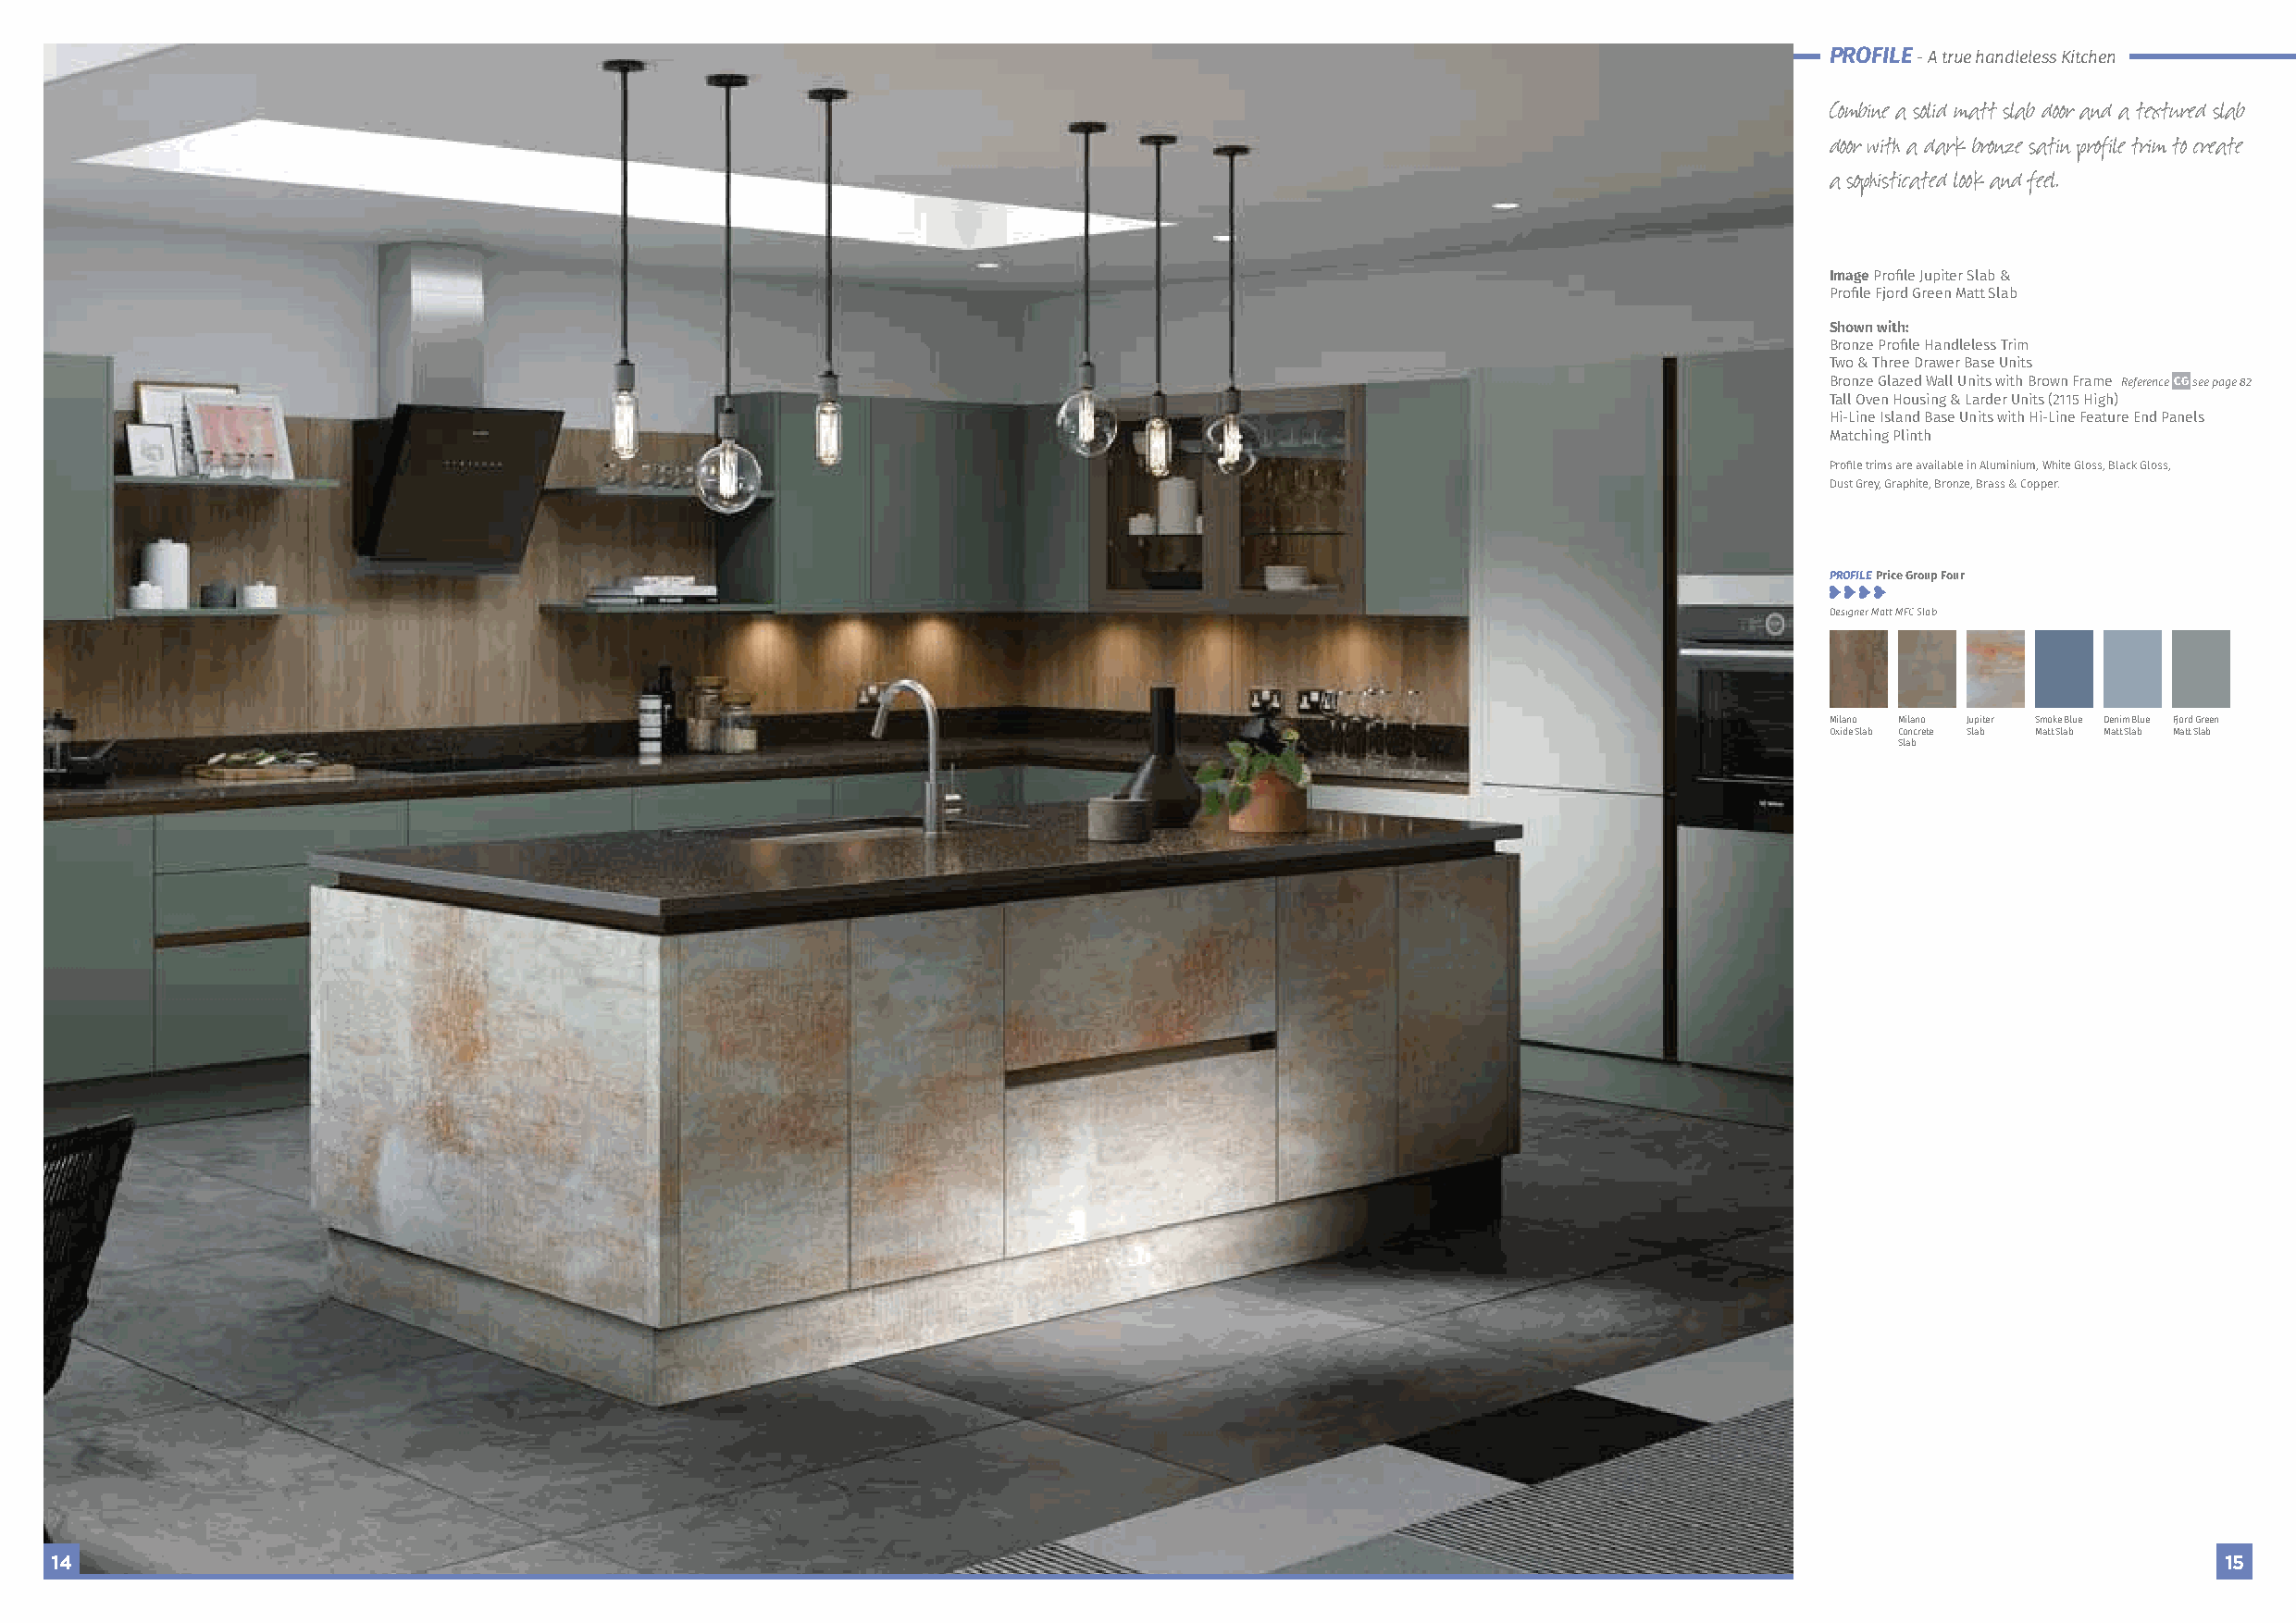
PROFILE
 - A true handleless Kitchen
 Combine a solid matt slab door and a textured slab
 door with a dark bronze satin profile trim to create
 a sophisticated look and feel.
 Image Profile Jupiter Slab &
 Profile Fjord Green Matt Slab
 Shown with:
 Bronze Profile Handleless Trim
 Two & Three Drawer Base Units
 Bronze Glazed Wall Units with Brown Frame Reference CG see page 82
 Tall Oven Housing & Larder Units (2115 High)
 Hi-Line Island Base Units with Hi-Line Feature End Panels
 Matching Plinth
 Profile trims are available in Aluminium, White Gloss, Black Gloss,
 Dust Grey, Graphite, Bronze, Brass & Copper.
 PROFILE Price Group Four
 Designer Matt MFC Slab
 Milano Milano Jupiter Smoke Blue Denim Blue Fjord Green
 Oxide Slab Concrete Slab Matt Slab Matt Slab Matt Slab
 Slab
 14                                                                                                                                                         15